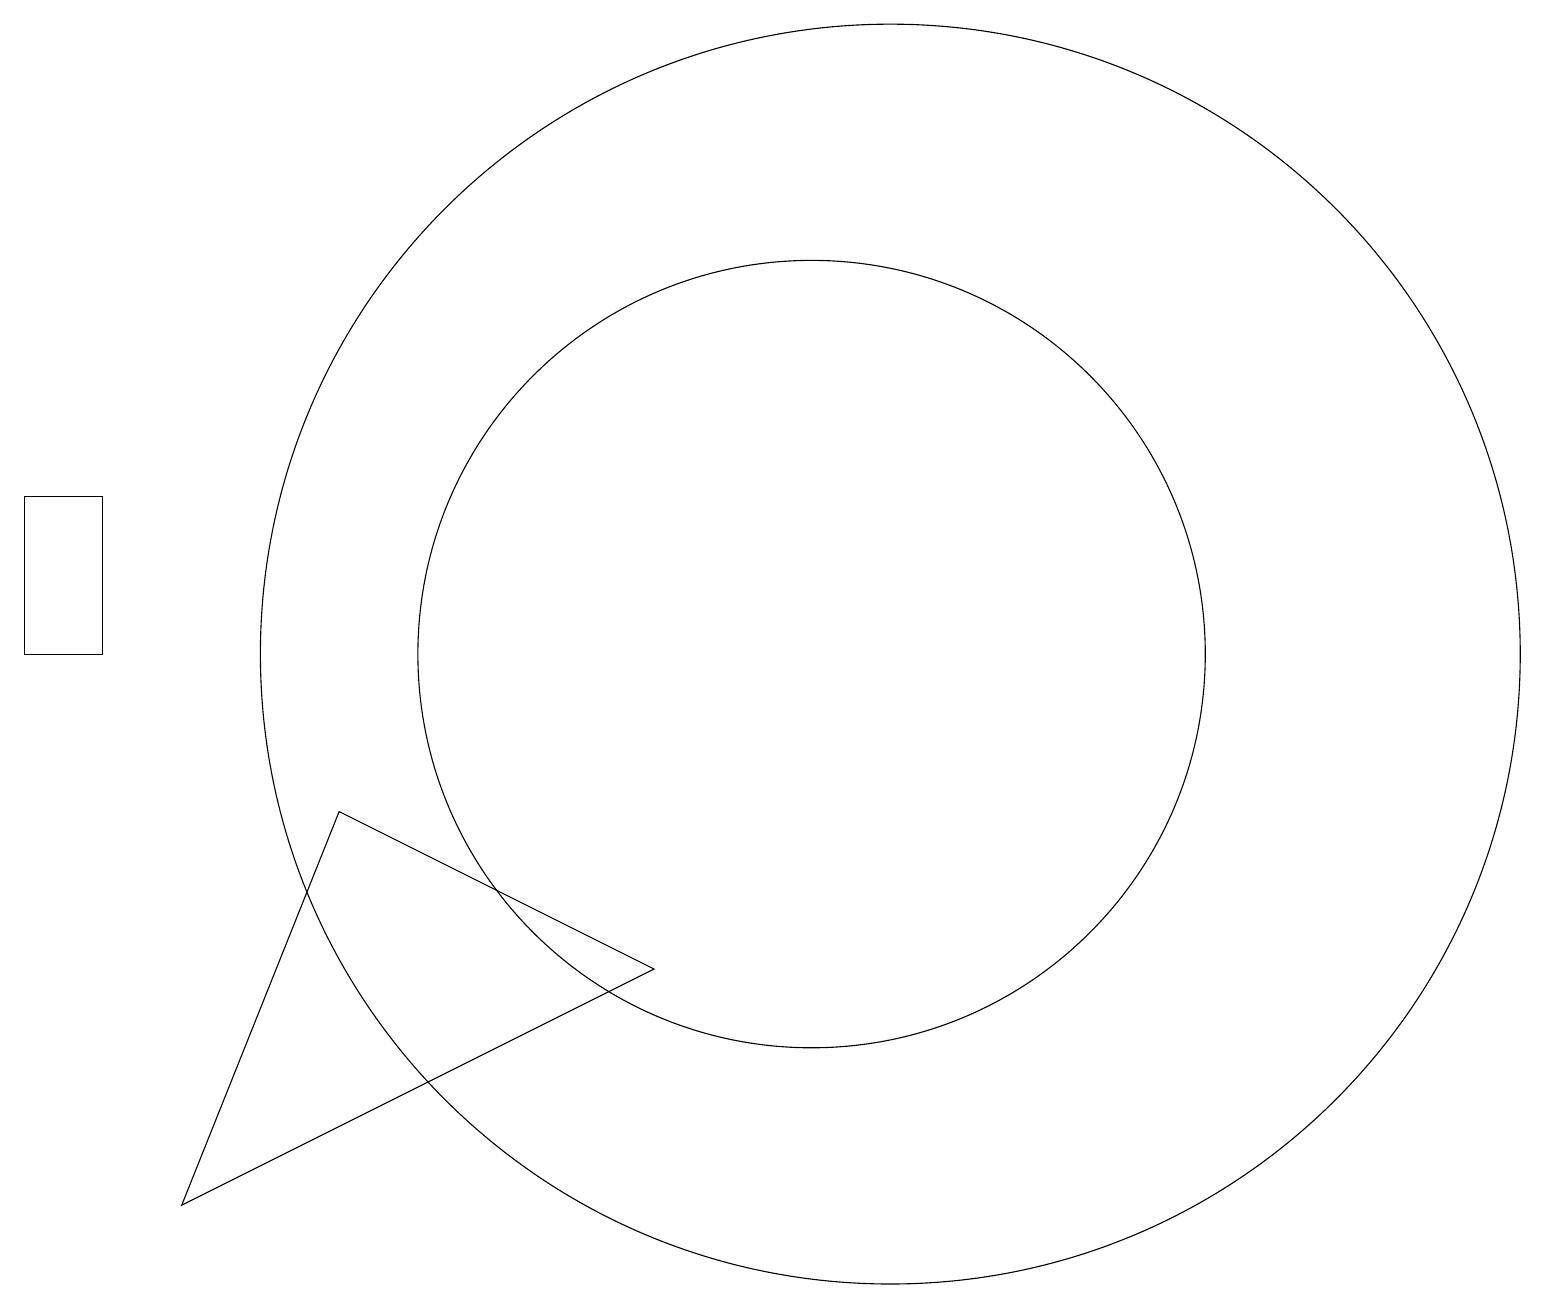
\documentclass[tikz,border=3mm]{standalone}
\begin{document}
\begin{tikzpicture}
\draw (3,3) -- (5,8) -- (9,6) -- cycle;
\draw (11,10) circle (5);
\draw (2,12) rectangle (1,10);
\draw (12,10) circle (8);
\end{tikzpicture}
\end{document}